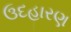
ઉદહારણ